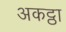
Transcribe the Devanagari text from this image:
अकट्ठा